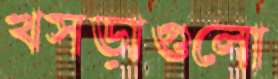
খসড়াগুলো